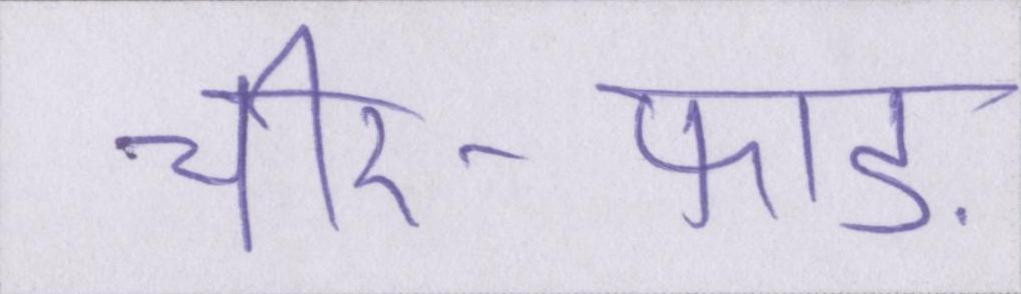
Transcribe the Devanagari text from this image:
चीर-फाड़